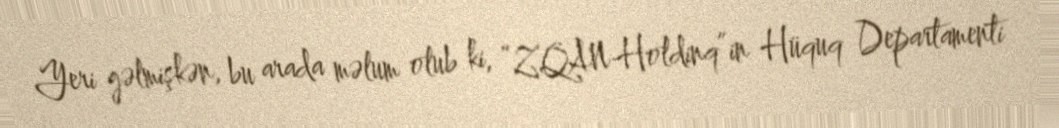
Yeri gəlmişkən, bu arada məlum olub ki, “ZQAN-Holdinq”in Hüquq Departamenti